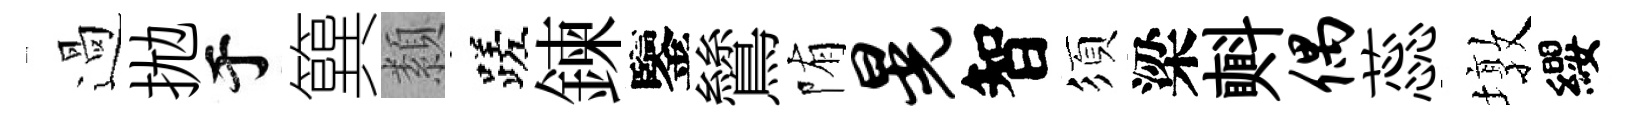
過拋于簨纇蹉鍊鑒鷥陏晃智須梁㪺偶蕊墩纓